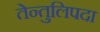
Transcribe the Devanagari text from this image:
तेन्तुलिपदा